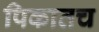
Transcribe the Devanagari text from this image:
पिकातच